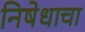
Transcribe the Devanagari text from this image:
निषेधाचा